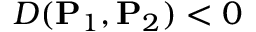
D ( \mathbf { P } _ { 1 } , \mathbf { P } _ { 2 } ) < 0